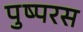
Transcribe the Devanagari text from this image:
पुष्परस